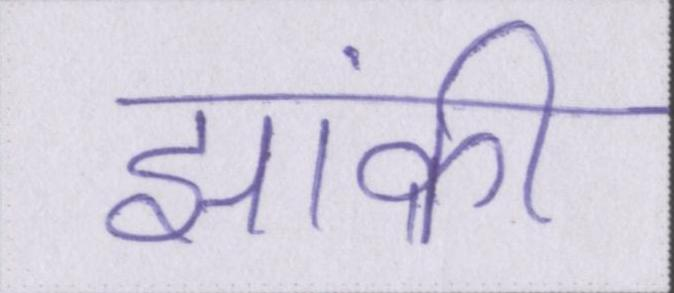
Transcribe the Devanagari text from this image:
झांकी